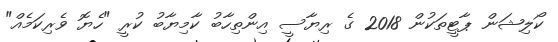
ކޯލިޝަން ޕާޓީތަކުން 2018 ގެ ރިޔާސީ އިންތިހާބު ކާމިޔާބު ކުރީ "ހެޔޮ ވެރިކަމެއް"